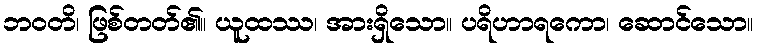
ဘဝတိ၊ ဖြစ်တတ်၏။ ယူထဿ၊ အားရှိသော။ ပရိဟာရကော၊ ဆောင်သော။